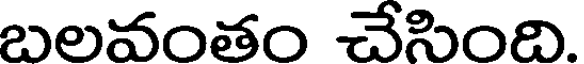
బలవంతం చేసింది.